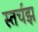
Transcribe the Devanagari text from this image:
स्तर्चझ